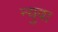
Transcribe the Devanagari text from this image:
न्युवा